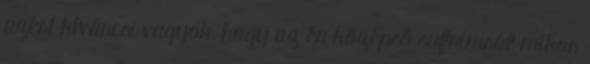
azért kíváncsi vagyok, hogy az én középső sufnimról mikor